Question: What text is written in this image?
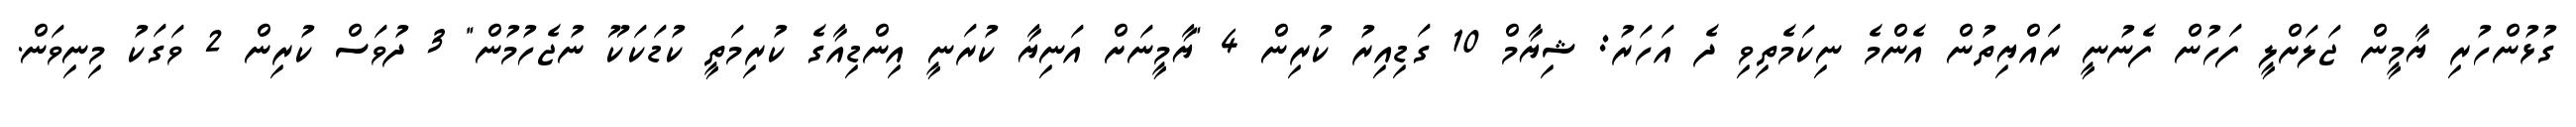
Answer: ގުޅުންހުރި ޔާމީން ޖަލަށްލީ ފަހުން ފެނުނީ ރައްޔިތުން އެންމެ ނިކަމެތިވި ދެ އަހަރު: ޝިޔާމް 10 ގަޑިއިރު ކުރިން 4 "ޔާމީނަށް އަނިޔާ ކުރަނީ އިންޑިއާގެ ކުރިމަތީ ކުޑަކަކޫ ނުޖެހުމުން" 3 ދުވަސް ކުރިން 2 ވަގަކު މިނިވަން.